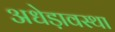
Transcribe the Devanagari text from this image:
अधेड़ावस्था